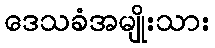
ဒေသခံအမျိုးသား